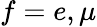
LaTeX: f=e,\mu